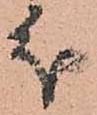
分